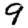
Digit: 9